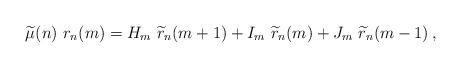
LaTeX: \begin{align*}\widetilde{\mu}(n)\ r_n(m)=H_{m}\ \widetilde{r}_{n}(m+1) +I_m\ \widetilde{r}_{n}(m) +J_m\ \widetilde{r}_{n}(m-1) \,,\end{align*}